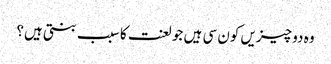
وہ دو چیزیں کون سی ہیں جو لعنت کا سبب بنتی ہیں؟